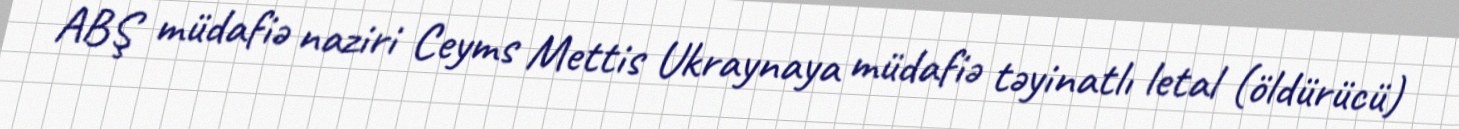
ABŞ müdafiə naziri Ceyms Mettis Ukraynaya müdafiə təyinatlı letal (öldürücü)